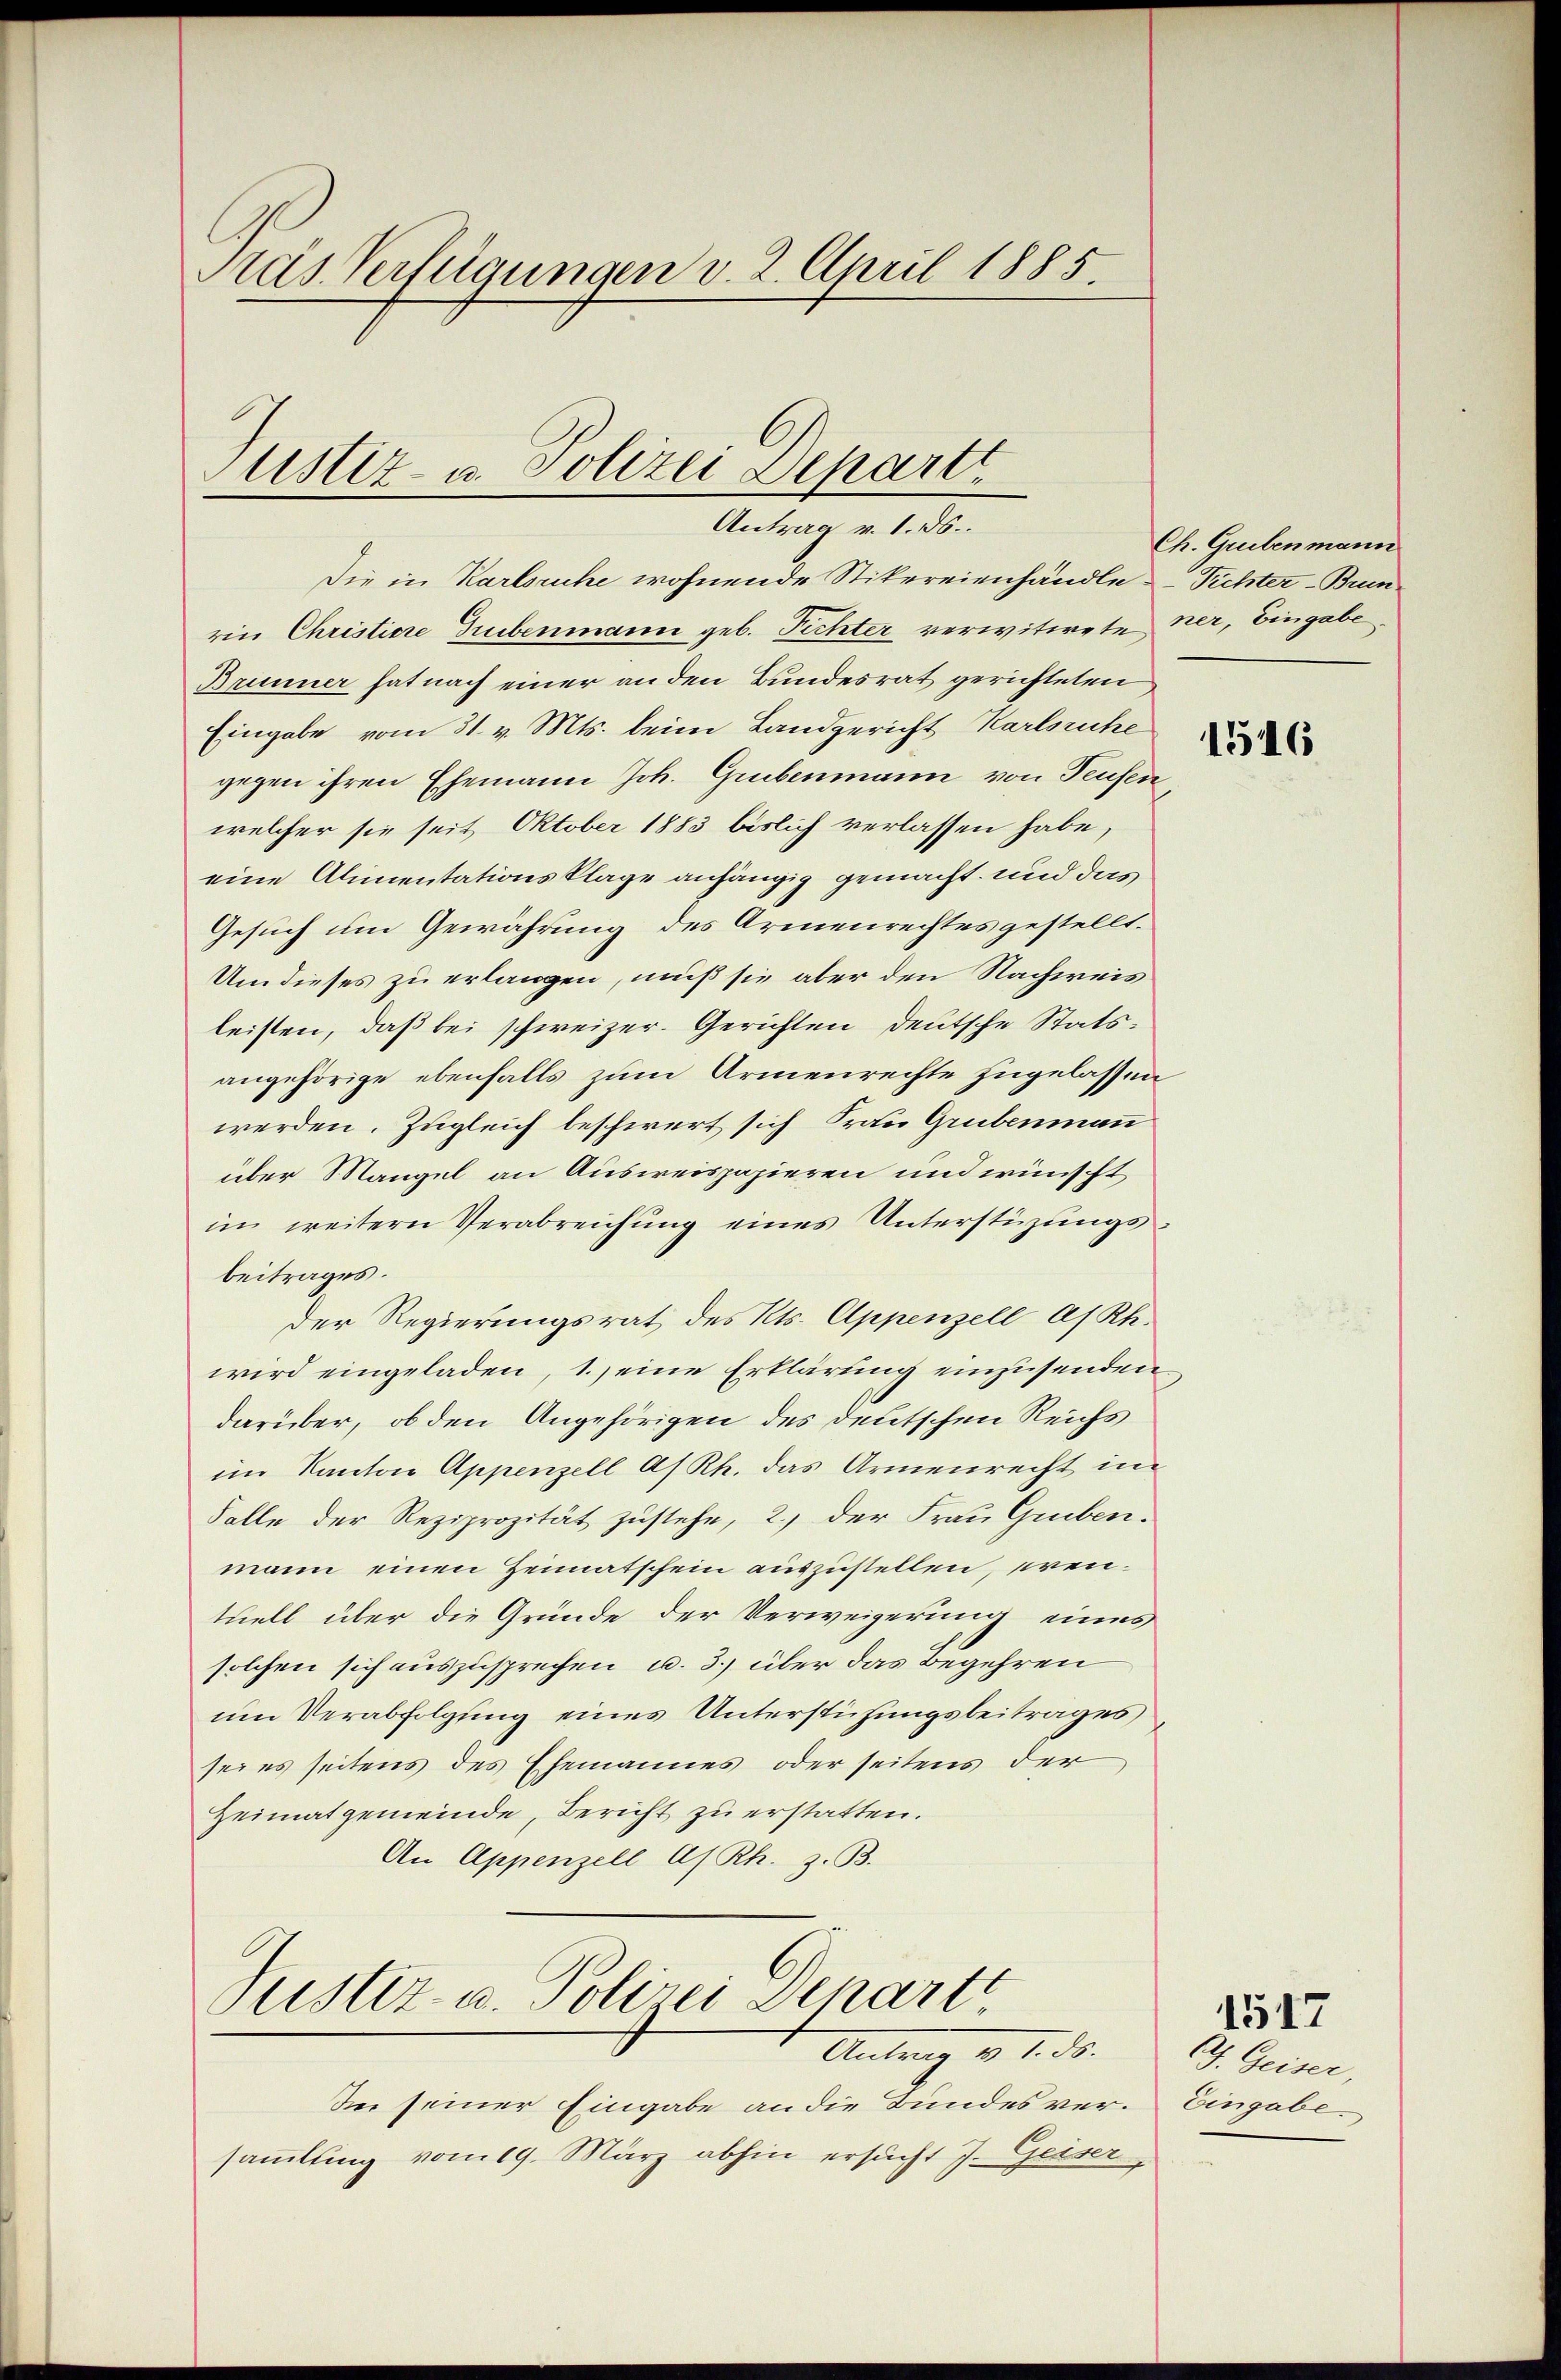
Pras Verfügungen v. 2. April 1885.

Justiz- u. Polizei Departt
Antrag v. 1. ds.

Die in Karlsruhe wohnende Stikereienhändle Dichter-Brunrin Christiere Grebenmann geb. Pichter verwitwete ner, Eingabe.
Brunner hat nach einer an den Bundesrat gerichteten
Eingabe vom 31. v. Mts. beim Landgericht Karlsruhe
gegen ihren Ehemann Joh. Grubenmann von Teufen,
welcher sie seit Oktober 1883 bislich verlassen habe,
eine Alimentationsklage anhängig gemacht und das
Gesuch um Gewährung des Armenrechtes gestellt.
Um dieses zu erlangen, muß sie aber den Nachweis
leisten, daß bei schweizer. Gerichten deutsche Statsangehörige ebenfalls zum Armenrechte zugelassen
werden. Zugleich beschwert sich Frau Grubenman
über Mangel an Ausweispapieren und wünscht
im weitern Verabreichung eines Unterstüzungs-
beitrages.
der Regierungsrat des Kts. Appenzell A/Rh.
wird eingeladen, 1.) eine Erklärung einzusenden
darüber, ob den Angehörigen des deutschen Reichs
im Kanton Appenzell A/Rh. das Armenrecht im
Falle der Reziprozität zustehe, 2.) der Frau Greben.
mann einen Heimatschein auszustellen, erentuell über die Gründe der Verweigerung eines
solchen sich auszusprechen u. 3.) über das Begehren
um Verabfolgung eines Unterstühungsbeitrages
sei es seitens des Ehemannes oder seitens der
Heimatgemeinde, Bericht zu erstatten.
An Appenzell As Rh. z. B.

Justiz- u. Polizei Scharte

Antrag v. 2. ds.
In seiner Eingabe an die Bundes versammlung vom 19. März abhin ersucht J. Geiser,

Ch. Grebenmann

1546

G. Geiser,
Eingabe

1517